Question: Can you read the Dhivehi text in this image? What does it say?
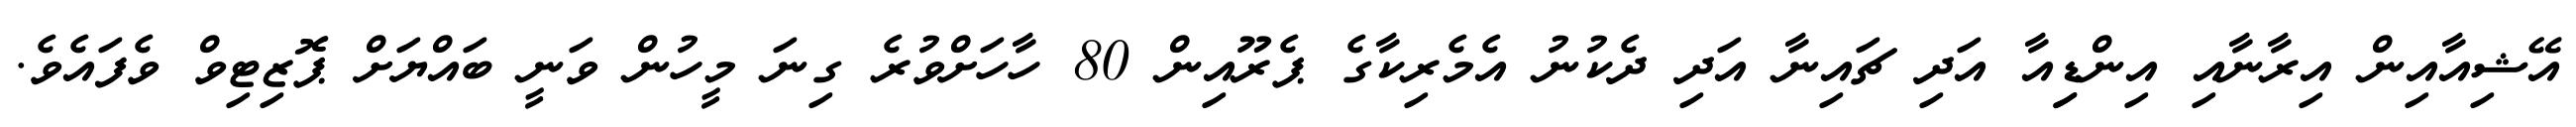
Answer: އޭޝިއާއިން އިރާނާއި އިންޑިިއާ އަދި ޗައިނާ އަދި ދެކުނު އެމެރިކާގެ ޕެރޫއިން 80 ހާހަށްވުރެ ގިނަ މީހުން ވަނީ ބައްޔަށް ޕޮޒިޓިވް ވެފައެވެ.